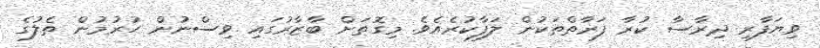
ވިޔަފާރި ދިރާސާ ކުރާ ފަރާތްތަކުން ލަފާކުރެއެވެ. މިގޮތަށް ބާޒާރުގައި ވިސްނުން ހުރުމުން ތެލުގެ